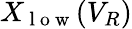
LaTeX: X_{\mathrm{~l~o~w~}}(V_{R})